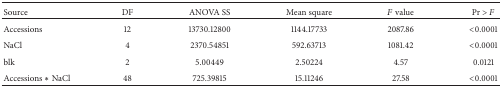
<table><thead><tr><td><b>Source</b></td><td><b>DF</b></td><td><b>ANOVA SS</b></td><td><b>Mean square</b></td><td><b><i>F</i> value</b></td><td><b>Pr &gt; <i>F</i></b></td></tr></thead><tbody><tr><td>Accessions</td><td>12</td><td>13730.12800</td><td>1144.17733</td><td>2087.86</td><td>&lt;0.0001</td></tr><tr><td>NaCl</td><td>4</td><td>2370.54851</td><td>592.63713</td><td>1081.42</td><td>&lt;0.0001</td></tr><tr><td>blk</td><td>2</td><td>5.00449</td><td>2.50224</td><td>4.57</td><td>0.0121</td></tr><tr><td>Accessions ∗ NaCl</td><td>48</td><td>725.39815</td><td>15.11246</td><td>27.58</td><td>&lt;0.0001</td></tr></tbody></table>